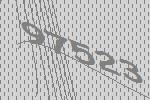
97523